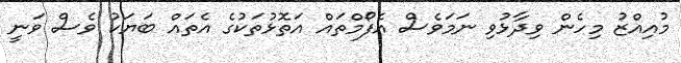
މުއިއްޒު މިހެން ވިދާޅުވި ނަމަވެސް އެފޯމްތައް އަތޮޅުތަކުގެ އެތައް ބަޔަކު ވެސް ވަނީ